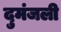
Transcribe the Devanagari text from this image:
दुमंजली